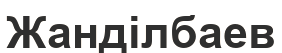
Жанділбаев